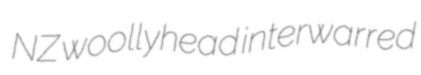
NZ woollyhead interwarred